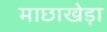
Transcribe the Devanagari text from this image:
माछाखेड़ा